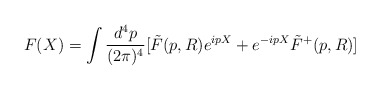
\begin{align*}F(X)=\int \frac{d^4p}{(2{\pi})^4}[\tilde{F}(p,R) e^{ipX} +e^{-ipX}\tilde{F}^{+}(p,R)]\end{align*}